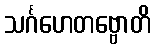
သင်္ဂဟေတဗ္ဗောတိ